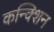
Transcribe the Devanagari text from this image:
कन्क्शिन